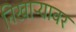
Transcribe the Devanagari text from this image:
निखाऱ्यावर